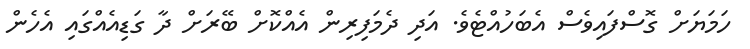
ހަމަޔަށް ގޮސްފައިވެސް އެބަހުއްޓެވެ. އަދި ދެމަފިރިން އެއްކޮށް ބޭރަށް ދާ ގަޑިއެއްގައި އެހެން